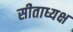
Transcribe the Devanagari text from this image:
सीताध्यक्ष